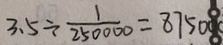
3 . 5 \div \frac { 1 } { 2 5 0 0 0 0 } = 8 7 5 0 0 0